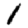
Digit: 1